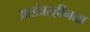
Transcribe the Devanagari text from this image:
आडंबरहीनता